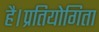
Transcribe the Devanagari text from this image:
है।प्रतियोगिता